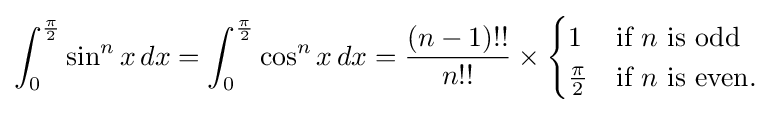
\int _{0}^{\frac {\pi }{2}}\sin ^{n}x\,dx=\int _{0}^{\frac {\pi }{2}}\cos ^{n}x\,dx={\frac {(n-1)!!}{n!!}}\times {\begin{cases}1&{\text{if }}n{\text{ is odd}}\\{\frac {\pi }{2}}&{\text{if }}n{\text{ is even.}}\end{cases}}